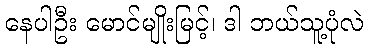
နေပါဦး မောင်မျိုးမြင့်၊ ဒါ ဘယ်သူ့ပုံလဲ